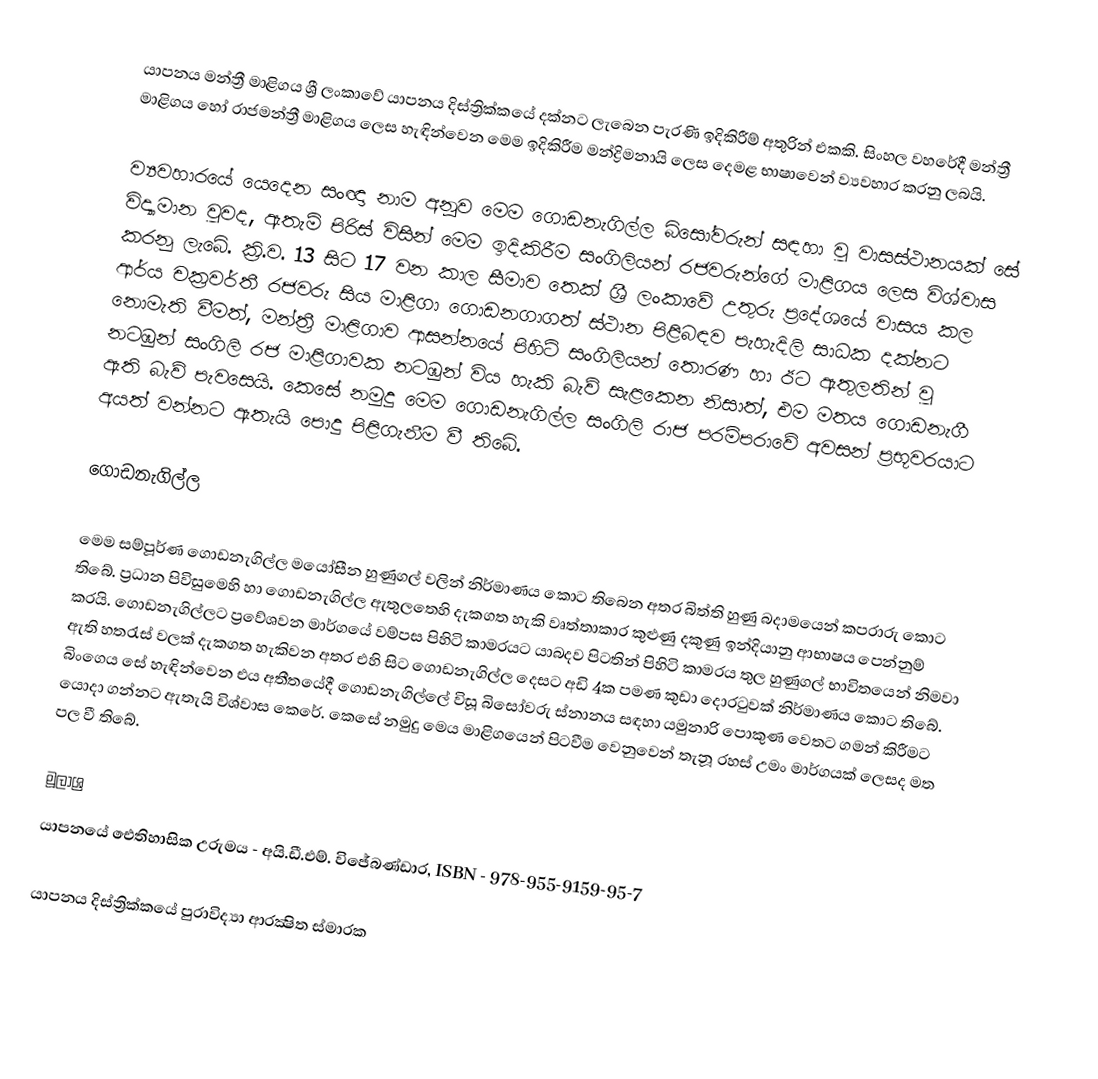
යාපනය මන්ත්‍රී මාළිගය ශ්‍රී ලංකාවේ යාපනය දිස්ත්‍රික්කයේ දක්නට ලැබෙන පැරණි ඉදිකිරීම් අතුරින් එකකි. සිංහල වහරේදී මන්ත්‍රී මාළිගය  හෝ රාජමන්ත්‍රී මාළිගය ලෙස හැඳින්වෙන මෙම ඉදිකිරීම මන්ද්‍රිමනායි ලෙස දෙමළ භාෂාවෙන් ව්‍යවහාර කරනු ලබයි.

ව්‍යවහාරයේ යෙදෙන සංඥා නාම අනූව මෙම ගොඩනැගිල්ල බිසෝවරුන් සඳහා වූ වාසස්ථානයක් සේ විද්‍යාමාන වූවද, ඇතැම් පිරිස් විසින් මෙම ඉදිකිරීම සංගිලියන් රජවරුන්ගේ මාළිගය ලෙස විශ්වාස කරනු ලැබේ. ක්‍රි.ව. 13 සිට 17 වන කාල සීමාව තෙක් ශ්‍රී ලංකාවේ උතුරු ප්‍රදේශයේ වාසය කල ආර්ය චක්‍රවර්තී රජවරු සිය මාළිගා ගොඩනගාගත් ස්ථාන පිළිබඳව පැහැදිලි සාධක දක්නට නොමැති වීමත්, මන්ත්‍රී මාළිගාව ආසන්නයේ පිහිටි සංගිලියන් තොරණ හා ඊට ඇතුලතින් වූ නටඹුන් සංගිලි රජ මාළිගාවක නටඹුන් විය හැකි බැව් සැළකෙන නිසාත්, එම මතය ගොඩනැගී ඇති බැව් පැවසෙයි. කෙසේ නමුදු මෙම ගොඩනැගිල්ල සංගිලි රාජ පරම්පරාවේ අවසන් ප්‍රභූවරයාට අයත් වන්නට ඇතැයි පොදු පිළිගැනීම වී තිබේ.

ගොඩනැගිල්ල

මෙම සම්පූර්ණ ගොඩනැගිල්ල මයෝසීන හුණුගල් වලින් නිර්මාණය කොට තිබෙන අතර බිත්ති හුණු බදාමයෙන් කපරාරු කොට තිබේ. ප්‍රධාන පිවිසුමෙහි හා ගොඩනැගිල්ල ඇතුලතෙහි දැකගත හැකි වෘත්තාකාර කුළුණු දකුණු ඉන්දියානු ආභාෂය පෙන්නුම් කරයි. ගොඩනැගිල්ලට ප්‍රවේශවන මාර්ගයේ වම්පස පිහිටි කාමරයට යාබදව පිටතින් පිහිටි කාමරය තුල හුණුගල් භාවිතයෙන් නිමවා ඇති හතරැස් වලක් දැකගත හැකිවන අතර එහි සිට ගොඩනැගිල්ල දෙසට අඩි 4ක පමණ කුඩා දොරටුවක් නිර්මාණය කොට තිබේ. බිංගෙය සේ හැඳින්වෙන එය අතීතයේදී ගොඩනැගිල්ලේ විසූ බිසෝවරු ස්නානය සඳහා යමුනාරි පොකුණ වෙතට ගමන් කිරීමට යොදා ගන්නට ඇතැයි විශ්වාස කෙරේ. කෙසේ නමුදු මෙය මාළිගයෙන් පිටවීම වෙනුවෙන් තැනූ රහස් උමං මාර්ගයක් ලෙසද මත පල වී තිබේ.

මූලාශ්‍ර
 යාපනයේ ඓතිහාසික උරුමය - අයි.ඩී.එම්. විජේබණ්ඩාර, ISBN - 978-955-9159-95-7

යාපනය දිස්ත්‍රික්කයේ පුරාවිද්‍යා ආරක්‍ෂිත ස්මාරක